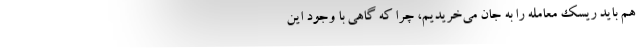
هم باید ریسک معامله را به جان می‌خریدیم، چرا که گاهی با وجود این